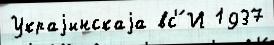
Украjинскаjа вс'́ И 1937